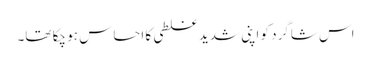
اس شاگرد کو اپنی شدید غلطی کا احساس ہو چکا تھا۔